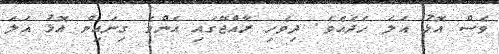
ވެސް އޮޅު އަލަ ހެދެއެވެ. ދިވެހި ރާއްޖޭގައި އެންމެ ގިނައިން އޮޅު އަލަ